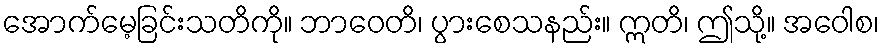
အောက်မေ့ခြင်းသတိကို။ ဘာဝေတိ၊ ပွားစေသနည်း။ ဣတိ၊ ဤသို့။ အဝေါစ၊